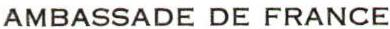
AMBASSADE DE FRANCE